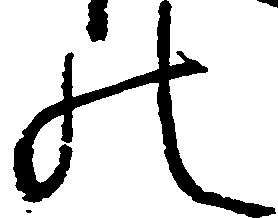
の